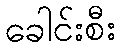
ခေါင်းစီး